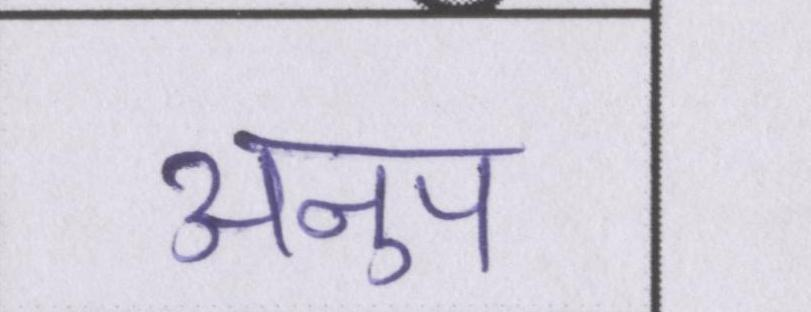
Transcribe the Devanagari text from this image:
अनुप